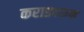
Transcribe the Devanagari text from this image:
कराडवरुन